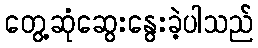
တွေ့ဆုံဆွေးနွေးခဲ့ပါသည်